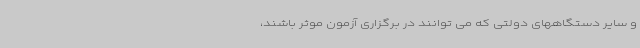
و سایر دستگاههای دولتی که می توانند در برگزاری آزمون موثر باشند،